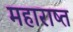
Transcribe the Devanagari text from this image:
महाराष्त